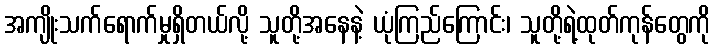
အကျိုးသက်ရောက်မှုရှိတယ်လို့ သူတို့အနေနဲ့ ယုံကြည်ကြောင်း၊ သူတို့ရဲ့ထုတ်ကုန်တွေကို